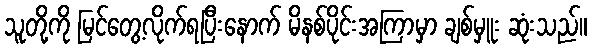
သူတို့ကို မြင်တွေ့လိုက်ရပြီးနောက် မိနစ်ပိုင်းအကြာမှာ ချစ်မှူး ဆုံးသည်။